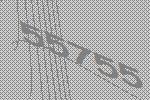
55755